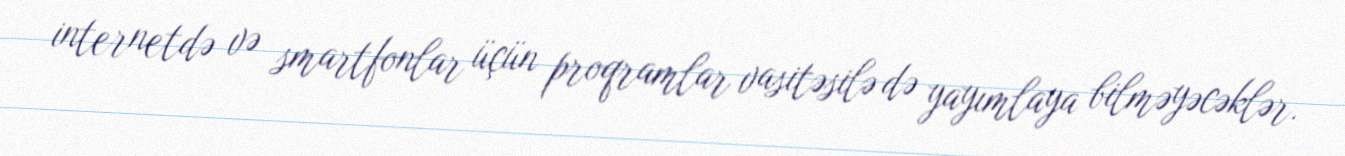
internetdə və smartfonlar üçün proqramlar vasitəsilə də yayımlaya bilməyəcəklər.